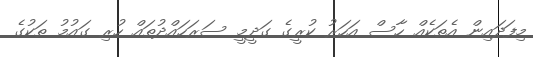
މިފަދައިން އެތަކެއް ހާސް އަހަރު ކުރީގެ ގަދީމީ ސަރަހައްދުތައް ހުރި ގައުމު ތަކުގެ